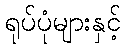
ရုပ်ပုံများနှင့်